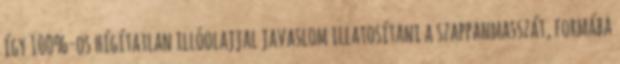
így 100%-os hígítatlan illóolajjal javaslom illatosítani a szappanmasszát, formába